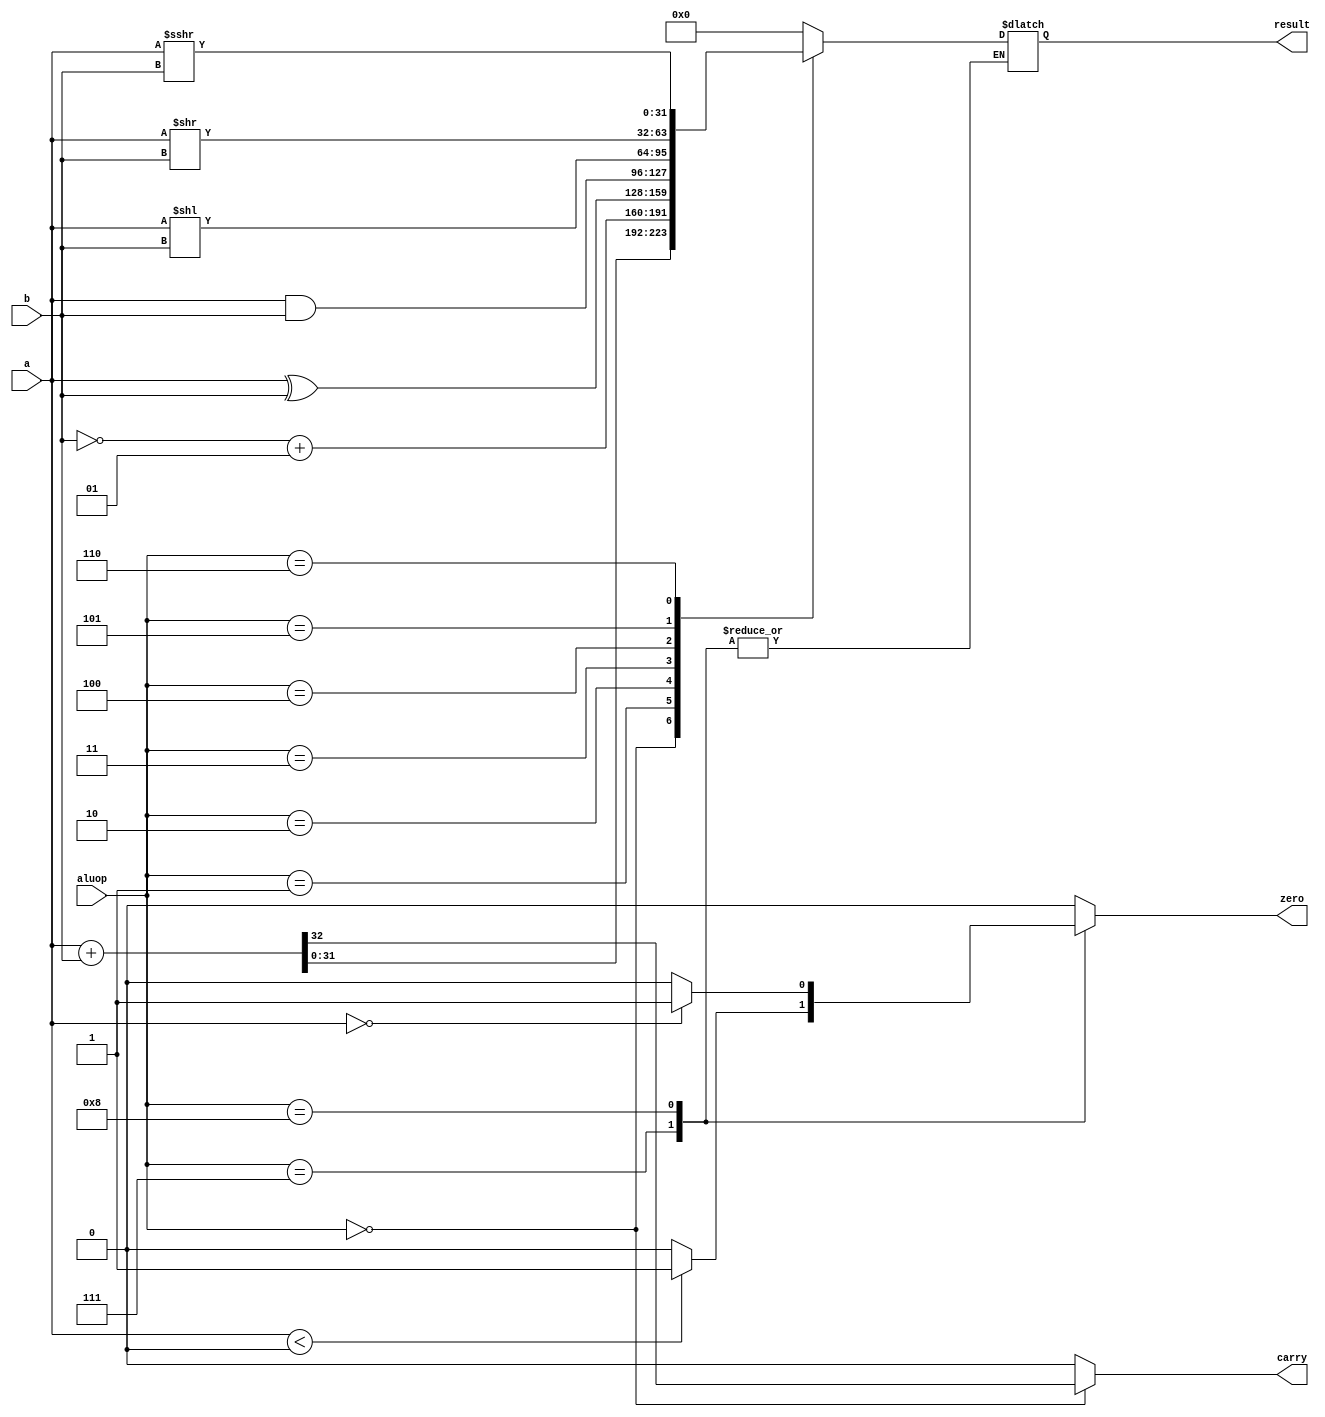
`timescale 1ns / 1ps
//////////////////////////////////////////////////////////////////////////////////
// Company: 
// Engineer: 
// 
// Design Name: 
// Module Name:    ALU 
// Project Name: 
// Target Devices: 
// Tool versions: 
// Description: 
//
// Dependencies: 
//
// Revision: 
// Revision 0.01 - File Created
// Additional Comments: 
//
//////////////////////////////////////////////////////////////////////////////////
module ALU(a, b, aluop, result, carry, zero);
input signed [31:0]a;
input signed [31:0]b;
input [3:0]aluop;
output reg [31:0]result;
output reg carry, zero;

	always @(a or b or aluop)
	begin
	carry = 0;		//Manage to store the previous carry somehow
	zero = 0;
	case(aluop)
		4'b0000:{carry,result} = a+b;
		4'b0001:result =  ~b+1;
		4'b0010:result = a^b;		
		4'b0011:result = a&b;
		4'b0100:result = a<<b;
		4'b0101:result = a>>b;
		4'b0110:result = a>>>b;
		4'b0111:zero = ($signed(a)<$signed(32'd0))?1:0;
		4'b1000:zero = (a==32'd0)?1:0;
		default:  result = 32'd0;
	endcase
	end


endmodule